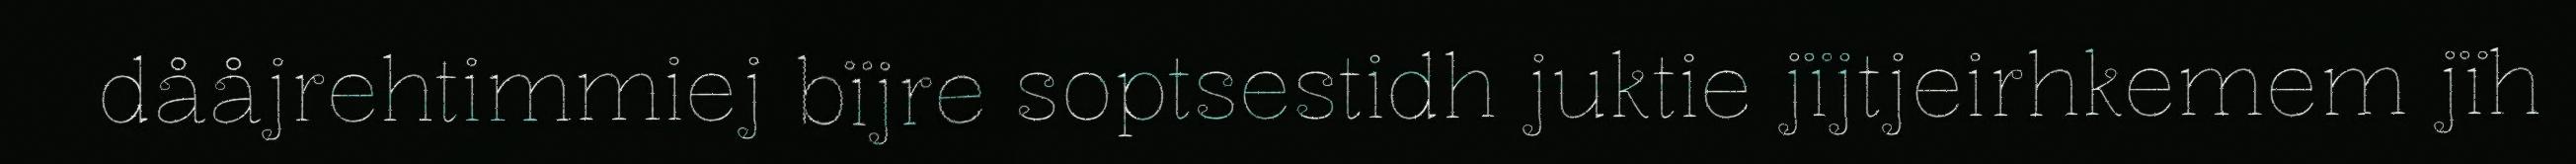
dååjrehtimmiej bïjre soptsestidh juktie jïjtjeirhkemem jïh